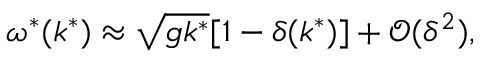
\omega ^ { * } ( k ^ { * } ) \approx \sqrt { g k ^ { * } } [ 1 - \delta ( k ^ { * } ) ] + \mathcal { O } ( \delta ^ { 2 } ) ,